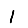
Digit: 1